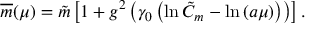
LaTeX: \overline { { { m } } } ( \mu ) = \tilde { m } \left[ 1 + g ^ { 2 } \left( \gamma _ { 0 } \left( \ln \tilde { C } _ { m } - \ln \left( a \mu \right) \right) \right) \right] .